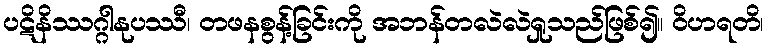
ပဋိနိဿဂ္ဂါနုပဿီ၊ တဖနစွန့်ခြင်းကို အဘန်တလဲလဲရှုသည်ဖြစ်၍။ ဝိဟရတိ၊